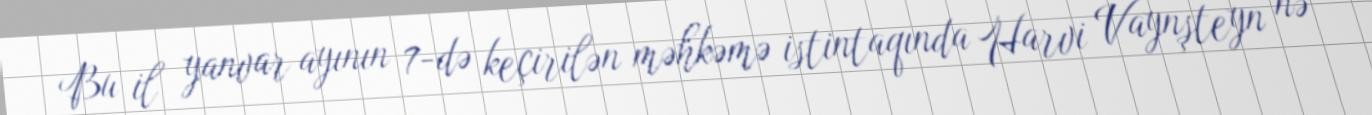
Bu il yanvar ayının 7-də keçirilən məhkəmə istintaqında Harvi Vaynşteyn nə